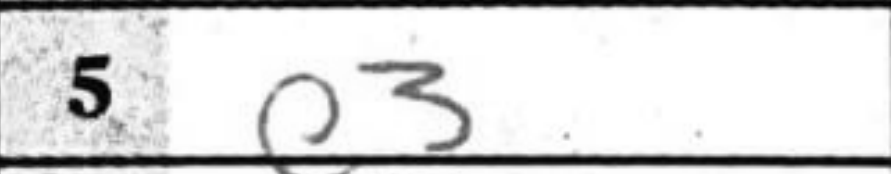
Transcription: e3